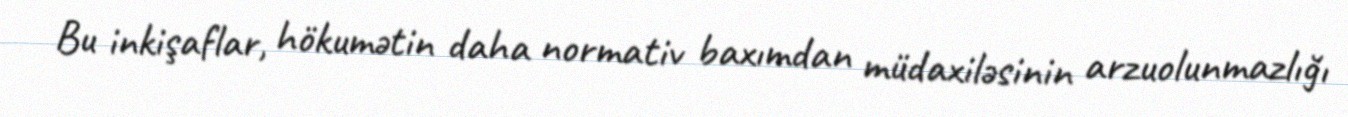
Bu inkişaflar, hökumətin daha normativ baxımdan müdaxiləsinin arzuolunmazlığı